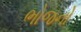
ભોજનો